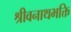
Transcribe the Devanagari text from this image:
श्रीवनाथभक्ति